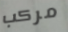
مركب